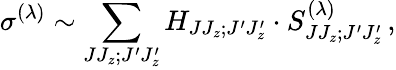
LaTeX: \sigma^{(\lambda)}\sim\sum_{JJ_{z};J^{\prime}J_{z}^{\prime}}H_{JJ_{z};J^{\prime}J_{z}^{\prime}}\cdot S_{JJ_{z};J^{\prime}J_{z}^{\prime}}^{(\lambda)}\, ,